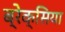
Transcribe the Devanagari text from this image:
ब्रेक्सिया